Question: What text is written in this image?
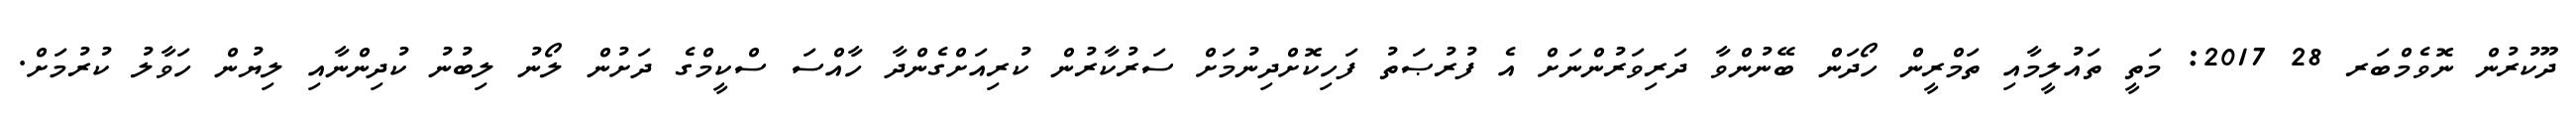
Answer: ދޫކުރުން ނޮވެމްބަރ 28 2017: މަތީ ތައުލީމާއި ތަމްރީން ހޯދަން ބޭނުންވާ ދަރިވަރުންނަށް އެ ފުރުޞަތު ފަހިކޮށްދިނުމަށް ސަރުކާރުން ކުރިއަށްގެންދާ ހާއްސަ ސްކީމްގެ ދަށުން ލޯނު ލިބުނު ކުދިންނާއި ލިޔުން ހަވާލު ކުރުމަށް.